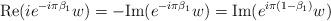
LaTeX: \begin{align*}{\rm Re}(i e^{-i\pi\beta_1} w) = - {\rm Im} (e^{-i\pi\beta_1} w) = {\rm Im} (e^{i\pi(1-\beta_1)} w)\end{align*}